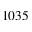
1 0 3 5